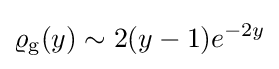
\varrho _{\text{g}}(y)\sim 2(y-1)e^{-2y}